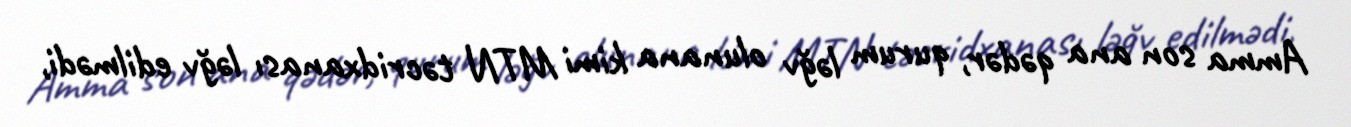
Amma son ana qədər, qurum ləğv olunana kimi MTN təcridxanası ləğv edilmədi,